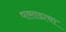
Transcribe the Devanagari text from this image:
पासाडाचा